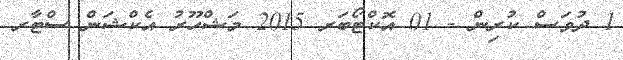
1 ދުވަސް ކުރިން - 01 އޮކްޓޯބަރ 2015 މަޝްހޫރު އެކްޝަން ސްޓާރ